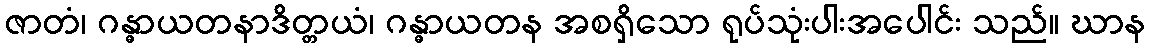
ဇာတံ၊ ဂန္ဓာယတနာဒိတ္တယံ၊ ဂန္ဓာယတန အစရှိသော ရုပ်သုံးပါးအပေါင်း သည်။ ဃာန